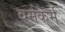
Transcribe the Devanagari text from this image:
वर्मकर्म